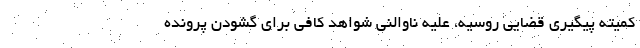
کمیته پیگیری قضایی روسیه، علیه ناوالنی شواهد کافی برای گشودن پرونده